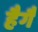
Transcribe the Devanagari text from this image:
हैगै